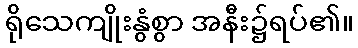
ရိုသေကျိုးနွံစွာ အနီး၌ရပ်၏။